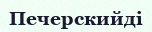
Печерскийді